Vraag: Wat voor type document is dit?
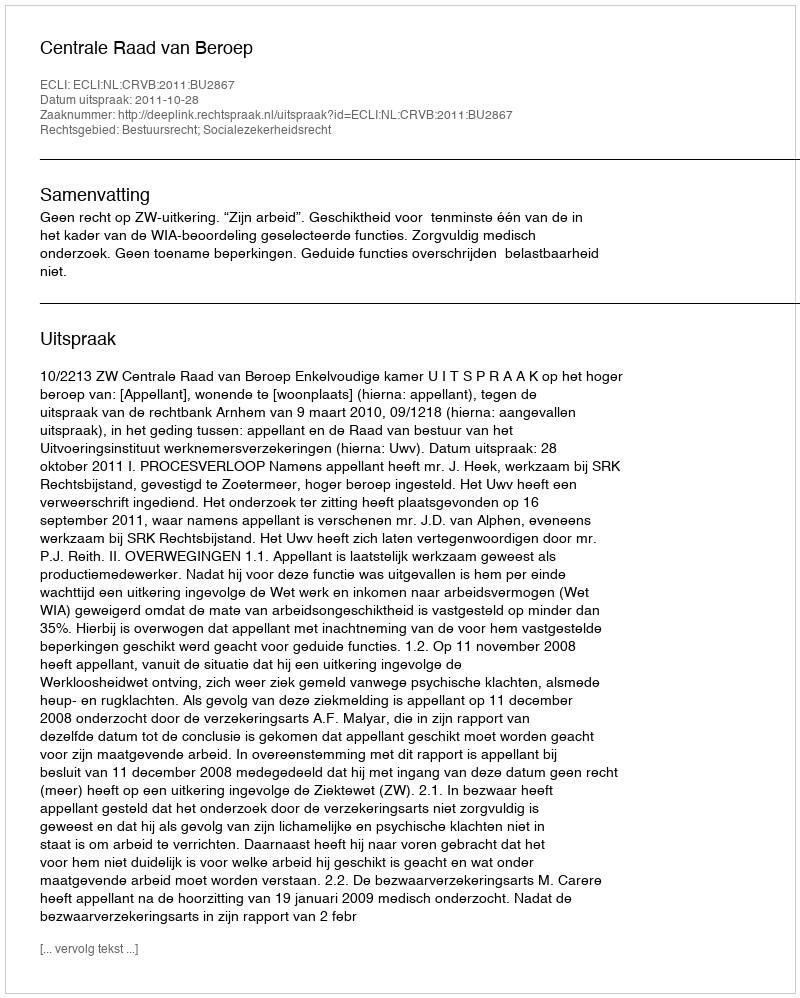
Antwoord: Uitspraak